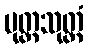
ပုတ္တသုတ္တံ